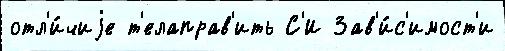
отл'и́чиjе т'елаправ'ить С'И Зав'и́с'имост'и